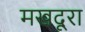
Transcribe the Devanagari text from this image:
मखदूरा